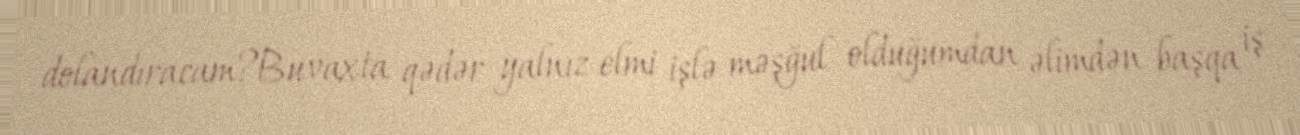
dolandıracam?Bu vaxta qədər yalnız elmi işlə məşğul olduğumdan əlimdən başqa iş